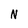
Character: N